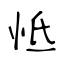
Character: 怟